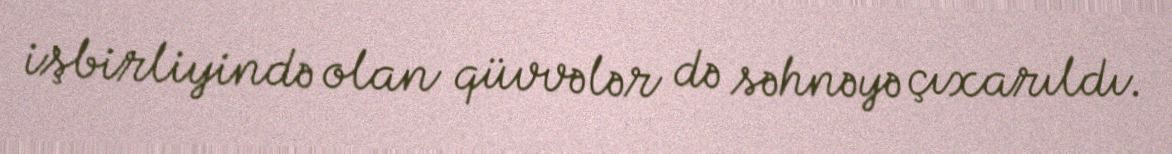
işbirliyində olan qüvvələr də səhnəyə çıxarıldı.